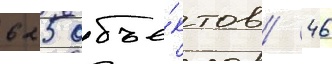
625 объе́ктов / 46